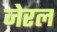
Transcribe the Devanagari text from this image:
जेरल